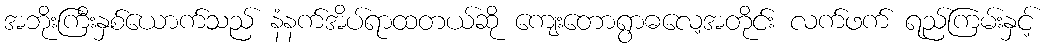
အဘိုးကြီးနှစ်ယောက်သည် နံနက်အိပ်ရာထတယ်ဆို ကျေးတောရွာဓလေ့အတိုင်း လက်ဖက် ရည်ကြမ်းနှင့်